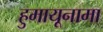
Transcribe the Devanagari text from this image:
हुमायूनामा